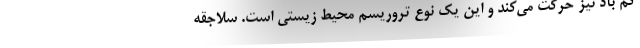
کم باد نیز حرکت می‌کند و این یک نوع تروریسم محیط زیستی است. سلاجقه